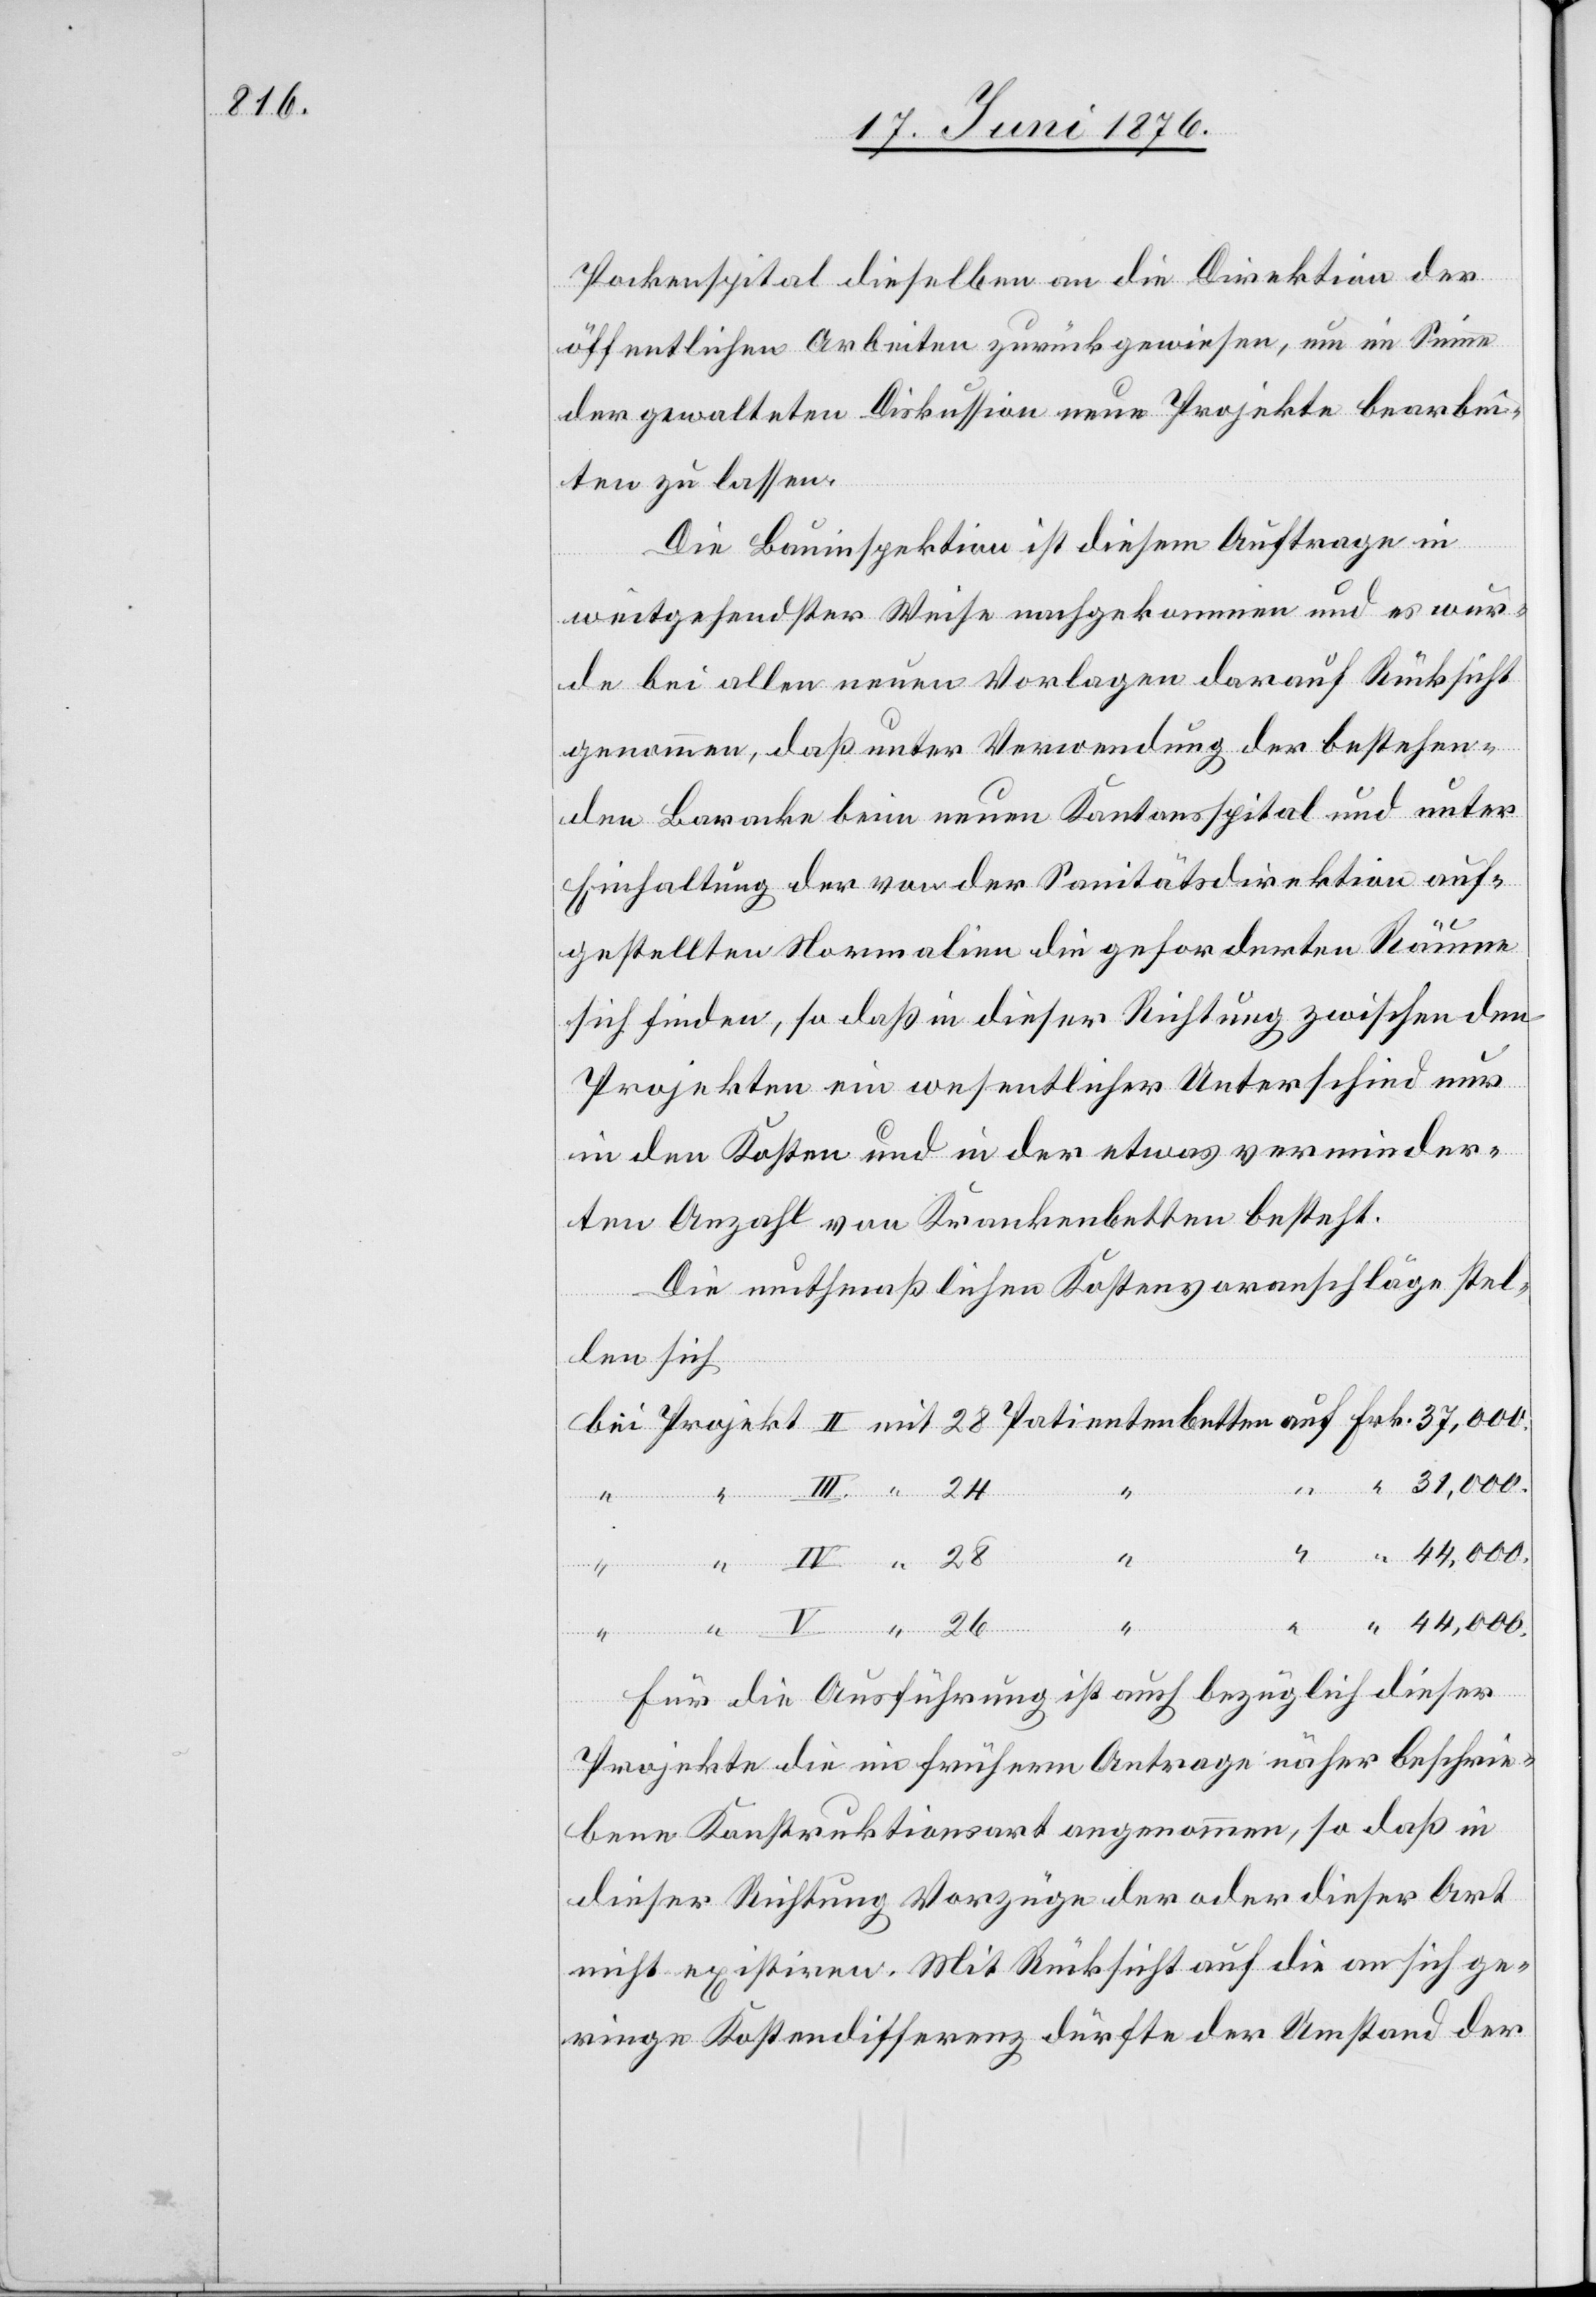
Pockenspital dieselben an die Direktion der
öffentlichen Arbeiten zurückgewiesen, um im Sinne
der gewalteten Diskussion neue Projekte bearbei¬
ten zu lassen.
Die Bauinspektion ist diesem Auftrage in
weitgehendster Weise nachgekommen und es wur¬
de bei allen neuen Vorlagen darauf Rücksicht
genommen, daß unter Verwendung der bestehen¬
den Baracke beim neuen Kantonsspital und unter
Einhaltung der von der Sanitätsdirektion auf¬
gestellten Normalien die geforderten Räume
sich finden, so daß in dieser Richtung zwischen den
Projekten ein wesentlicher Unterschied nur
in den Kosten und in der etwas verminder¬
ten Anzahl von Krankenbetten besteht.
Die muthmaßlichen Kostenvoranschläge stel¬
len sich
44,000.
V
Pat¬
betten
auf
26
Für die Ausführung ist auch bezüglich dieser
Projekte die in früherm Antrage näher beschrie¬
bene Konstruktionsart angenommen, so daß in
dieser Richtung Vorzüge der oder dieser Art
nicht existiren. Mit Rücksicht auf die an sich ge¬
ringe Kostendifferenz dürfte der Umstand der